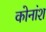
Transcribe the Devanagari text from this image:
कोनांश